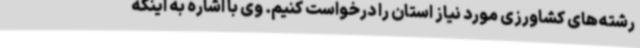
رشته‌های کشاورزی مورد نیاز استان را درخواست کنیم. وی با اشاره به اینکه